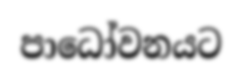
පාධෝවනයට